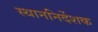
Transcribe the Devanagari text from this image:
स्थाननिर्देशक